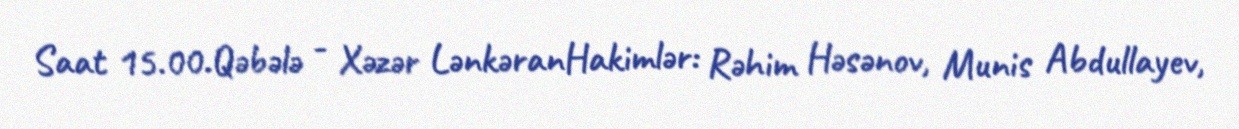
Saat 15.00.Qəbələ - Xəzər LənkəranHakimlər: Rəhim Həsənov, Munis Abdullayev,